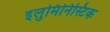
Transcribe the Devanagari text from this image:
इलुमिनिस्टिक